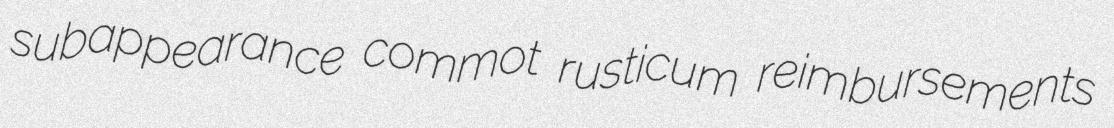
subappearance commot rusticum reimbursements